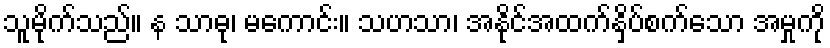
သူမိုက်သည်။ န သာဓု၊ မကောင်း။ သဟသာ၊ အနိုင်အထက်နှိပ်စက်သော အမှုကို